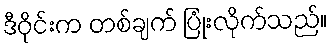
ဒီဝိုင်းက တစ်ချက် ပြုံးလိုက်သည်။